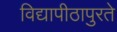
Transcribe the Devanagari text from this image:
विद्यापीठापुरते